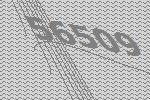
56509